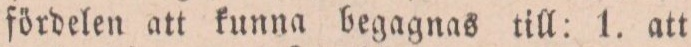
fördelen att kunna begagnas till: 1. att